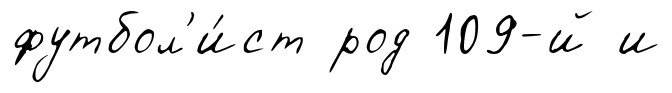
футбол'и́ст род 109-й и